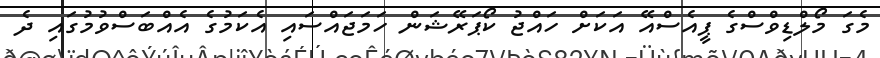
މެގަ މޯލްޑިވްސްގެ ޕީއެސްއޭ އަކަށް ހައްޖު ކޯޕަރޭޝަން ހަމަޖައްސައި އެކަމުގެ އެއްބަސްވުމުގައި ދެ